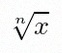
\sqrt[n]{x}